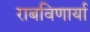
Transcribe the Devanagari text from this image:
राबविणार्या